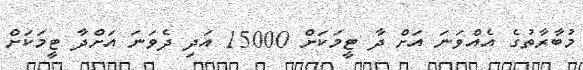
މުބާރާތުގެ އެއްވަނަ އަށް ދާ ޓީމަކަށް 15000 އަދި ދެވަނަ އަށްދާ ޓީމަކަށް